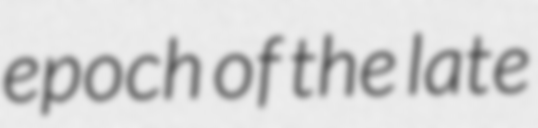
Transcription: epoch of the late